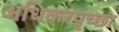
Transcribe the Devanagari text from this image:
अधिकरपृच्छा